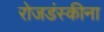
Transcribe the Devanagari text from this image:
रोजडंस्कीना